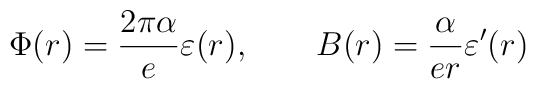
\Phi(r) = \frac{2\pi\alpha}{e}\varepsilon(r),\qquad B(r) = \frac{\alpha}{er} \varepsilon'(r)